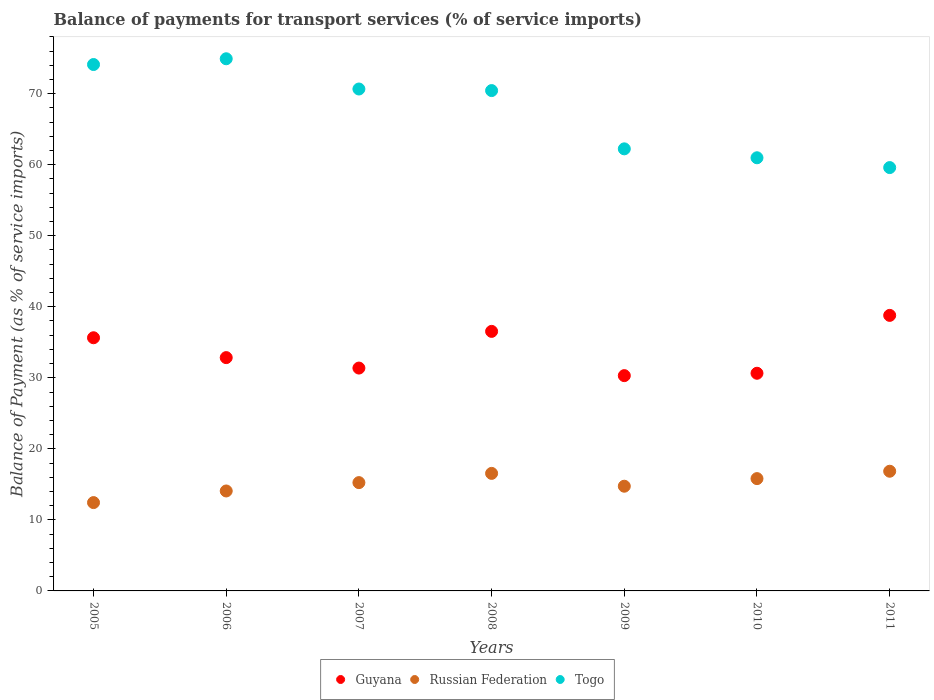
| Years | Guyana | Russian Federation | Togo |
 | --- | --- | --- | --- |
 | 2005 | 35.6 | 12.4 | 74.1 |
 | 2006 | 32.8 | 14.1 | 74.9 |
 | 2007 | 31.4 | 15.2 | 70.7 |
 | 2008 | 36.5 | 16.5 | 70.4 |
 | 2009 | 30.3 | 14.7 | 62.2 |
 | 2010 | 30.6 | 15.8 | 61 |
 | 2011 | 38.8 | 16.8 | 59.6 |